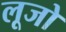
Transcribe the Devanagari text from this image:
लूजो